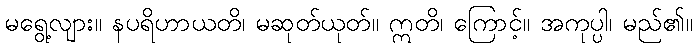
မရွေ့လျား။ နပရိဟာယတိ၊ မဆုတ်ယုတ်။ ဣတိ၊ ကြောင့်။ အကုပ္ပါ၊ မည်၏။